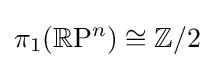
\pi _{1}(\mathbb {R} \mathrm {P} ^{n})\cong \mathbb {Z} /2